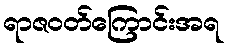
ရာဇဝတ်ကြောင်းအရ